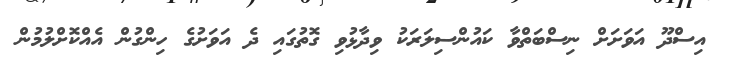
އިސްދޫ އަވަށަށް ނިސްބަތްވާ ކައުންސިލަރަކު ވިދާޅުވި ގޮތުގައި ދެ އަވަށުގެ ހިންގުން އެއްކޮށްލުމުން